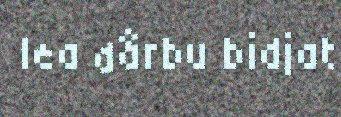
lea dårbu bidjat